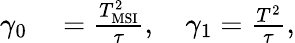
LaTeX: \begin{array}{rl}{\gamma_{0}}&{{}=\frac{T_{\mathrm{MSI}}^{2}}{\tau},\quad\gamma_{1}=\frac{T^{2}}{\tau},}\end{array}